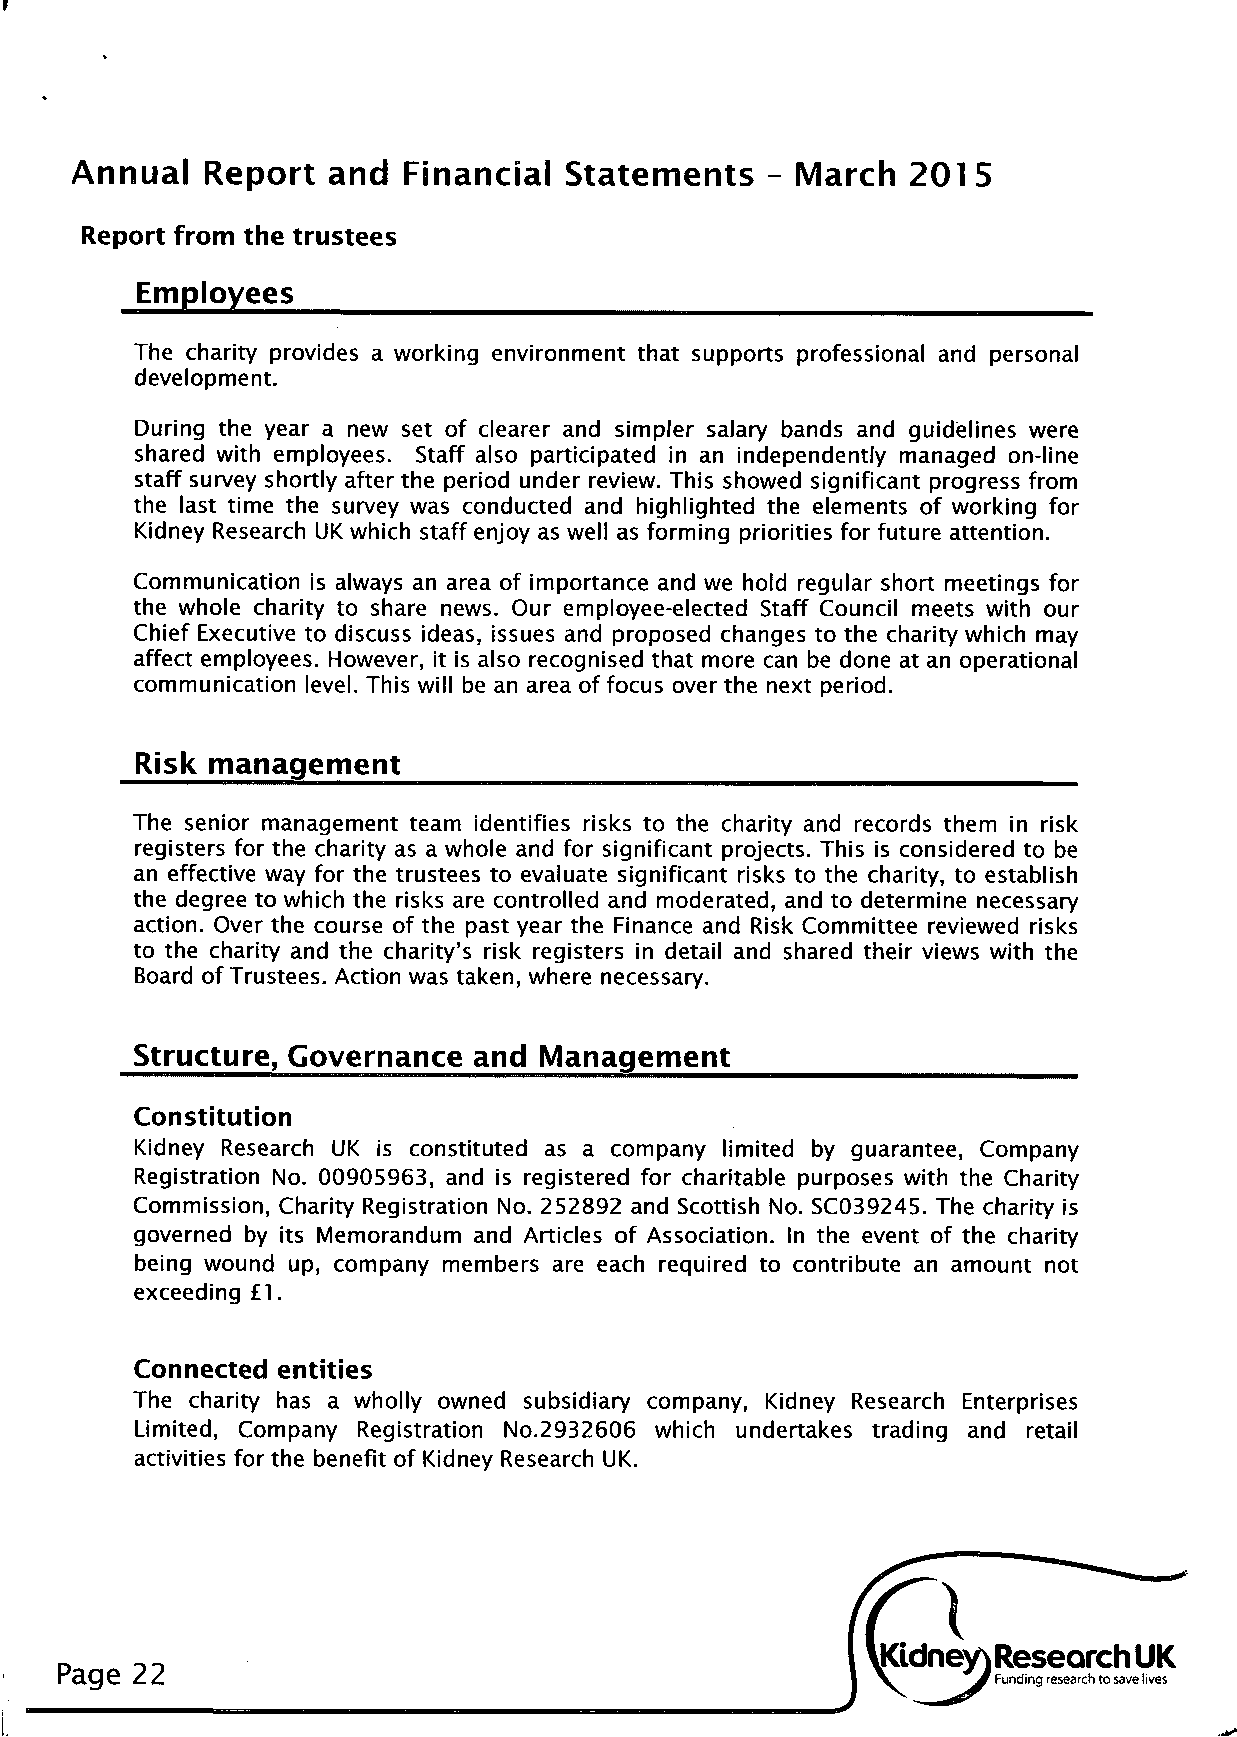
Annual  Report  and  Financial  Statements   - March   2015
 Report from the trustees
 Employees
 The charity provides a working environment that supports professional and personal
 development.
 During the year a new set of clearer and simpler salary bands and guidelines were
 shared with employees. Staff also participated in an independently managed on-line
 staff survey shortly after the period under review. This showed significant progress from
 the last time the survey was conducted and highlighted the elements of working for
 Kidney Research UK which staff enjoy as well as forming priorities for future attention.
 Communication is always an area of importance and we hold regular short meetings for
 the whole charity to share news. Our employee-elected Staff Council meets with our
 Chief Executive to discuss ideas, issues and proposed changes to the charity which may
 affect employees. However, it is also recognised that more can be done at an operational
 communication level. This will be an area of focus over the next period.
 Risk management
 The senior management team identifies risks to the charity and records them in risk
 registers for the charity as a whole and for significant projects. This is considered to be
 an effective way for the trustees to evaluate significant risks to the charity, to establish
 the degree to which the risks are controlled and moderated, and to determine necessary
 action. Over the course of the past year the Finance and Risk Committee reviewed risks
 to the charity and the charity's risk registers in detail and shared their views with the
 Board of Trustees. Action was taken, where necessary.
 Structure, Governance and  Management
 Constitution
 Kidney Research UK is constituted as a company limited by guarantee, Company
 Registration No. 00905963, and is registered for charitable purposes with the Charity
 Commission, Charity Registration No. 252892 and Scottish No. SC039245. The charity is
 governed by its Memorandum and Articles of Association. In the event of the charity
 being wound up, company members are each required to contribute an amount not
 exceeding £1.
 Connected entities
 The charity has a wholly owned subsidiary company, Kidney Research Enterprises
 Limited, Company Registration No.2932606 which undertakes trading and retail
 activities for the benefit of Kidney Research UK.
 Page 22